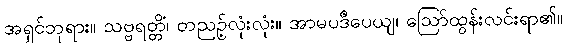
အရှင်ဘုရား။ သဗ္ဗရတ္တိံ၊ တညဉ့်လုံးလုံး။ အာမပဒီပေယျ၊ ဩော်ထွန်းလင်းရာ၏။